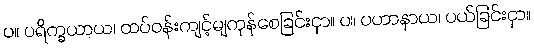
ပ။ ပရိက္ခယာယ၊ ထပ်ဝန်းကျင့်မျကုန်စေခြင်းငှာ။ ပ။ ပဟာနာယ၊ ပယ်ခြင်းငှာ။